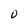
Character: 0